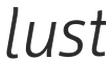
lust